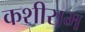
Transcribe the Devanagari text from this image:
कशीराम